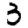
Digit: 3